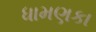
ધામણકા